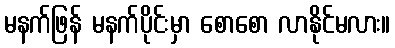
မနက်ဖြန် မနက်ပိုင်းမှာ စောစော လာနိုင်မလား။